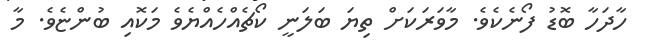
ހާދަހާ ބޮޑު ފޯނެކެވެ. މާވަރަކަށް ތިޔަ ބަލަނީ ކޯޗެއްހެއްޔެވެ މަކޮއި ބުންޏެވެ. މާ